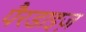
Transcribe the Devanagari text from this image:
पैरडाइज़